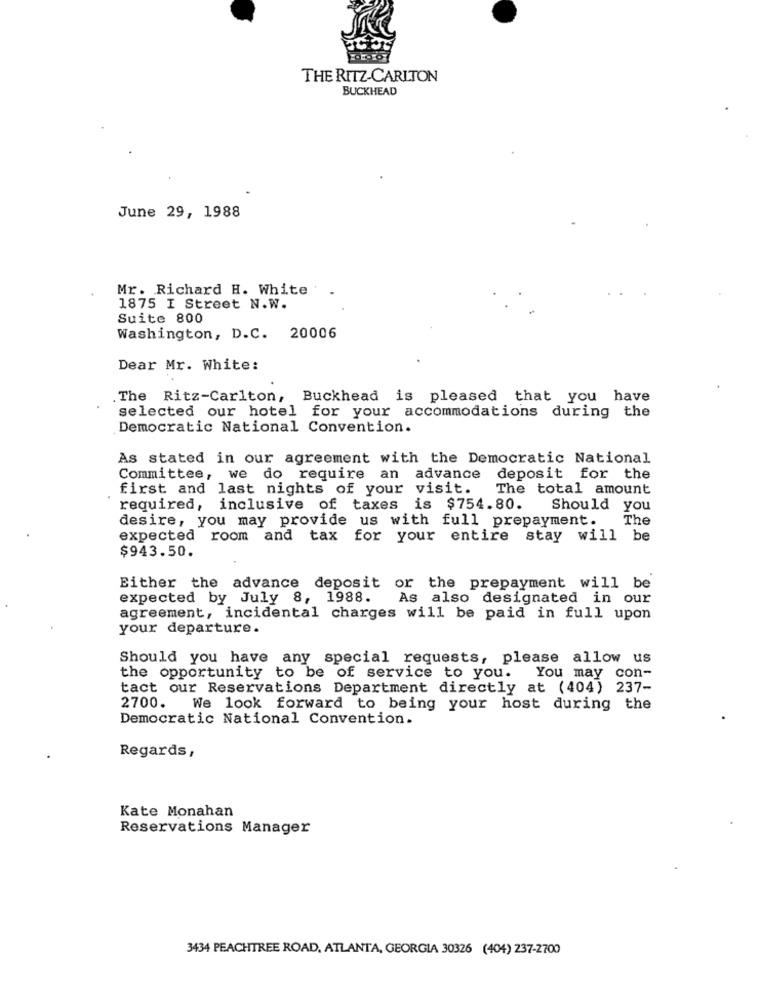
THE RITZ-CARLTON
BUCKHEAD
June 29, 1988
Mr. Richard H. White
1875 I Street N.W.
Suite 800
Washington, D.C. 20006
Dear Mr. White:
The Ritz-Carlton, Buckhead is pleased that you have
selected our hotel for your accommodations during the
Democratic National Convention.
As stated in our agreement with the Democratic National
Committee, we do require an advance
deposit for the
first and last nights of your visit.
The total amount
required, inclusive of taxes is $754.80.
Should you
desire, you may provide us with full prepayment. The
expected room and tax for your entire stay will be
$943.50.
Either the advance deposit or the prepayment will be
expected by July 8, 1988. As also designated in our
agreement, incidental charges will be paid in full upon
your departure.
Should you have any special requests, please allow us
the opportunity to be of service to you.
You may con-
tact our Reservations Department directly at (404) 237-
2700.
We look forward to being your host during the
Democratic National Convention.
Regards,
Kate Monahan
Reservations Manager
3434 PEACHTREE ROAD, ATLANTA, GEORGIA 30326 (404) 237-2700